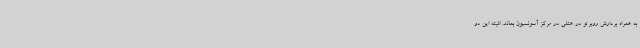
به همراه بردارش روبرتو در هتلی در مرکز آسونسیون بماند. البته این دو